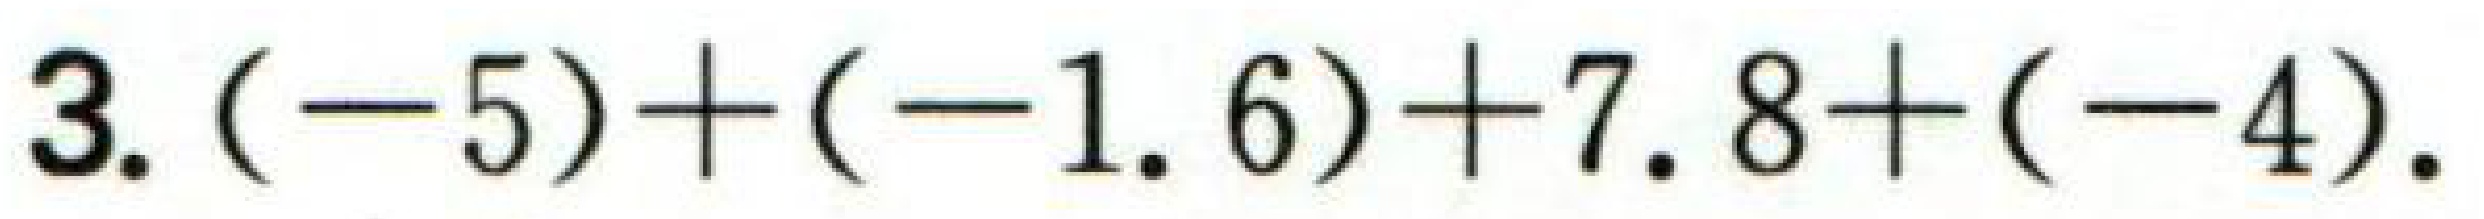
3. \((-5)+(-1.6)+7.8+(-4)\).